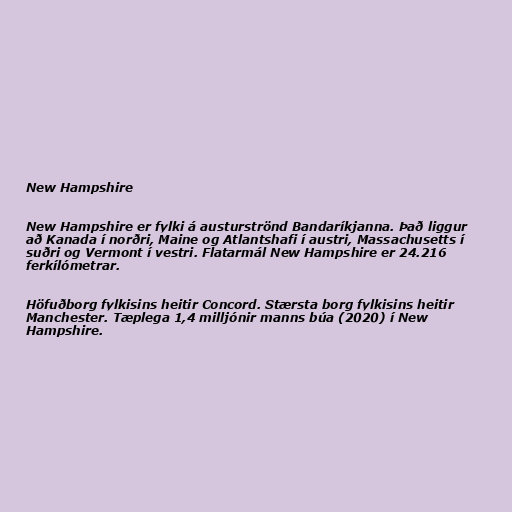
New Hampshire

New Hampshire er fylki á austurströnd Bandaríkjanna. Það liggur
að Kanada í norðri, Maine og Atlantshafi í austri, Massachusetts í
suðri og Vermont í vestri. Flatarmál New Hampshire er 24.216
ferkílómetrar.

Höfuðborg fylkisins heitir Concord. Stærsta borg fylkisins heitir
Manchester. Tæplega 1,4 milljónir manns búa (2020) í New
Hampshire.